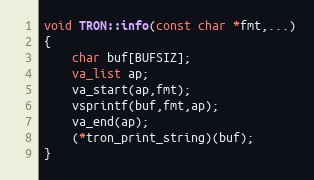
Language: C++
void TRON::info(const char *fmt,...)
{
	char buf[BUFSIZ];
	va_list ap;
	va_start(ap,fmt);
	vsprintf(buf,fmt,ap);
	va_end(ap);
	(*tron_print_string)(buf);
}